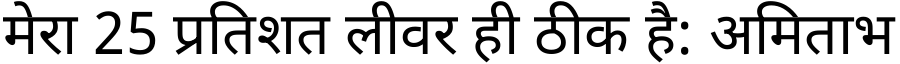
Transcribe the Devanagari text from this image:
मेरा 25 प्रतिशत लीवर ही ठीक है: अमिताभ